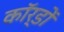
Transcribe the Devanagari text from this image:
कॉर्डों